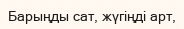
Барыңды сат, жүгіңді арт,